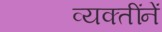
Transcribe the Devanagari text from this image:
व्यक्तींनें